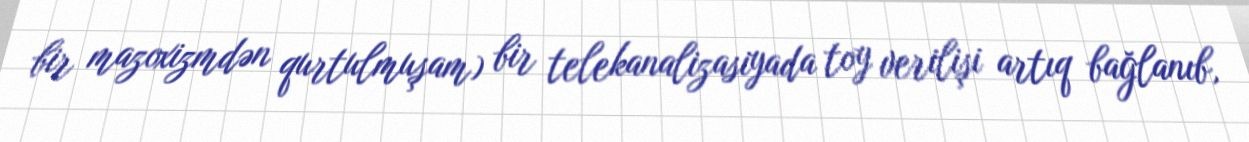
bir mazoxizmdən qurtulmuşam) bir telekanalizasiyada toy verilişi artıq bağlanıb,